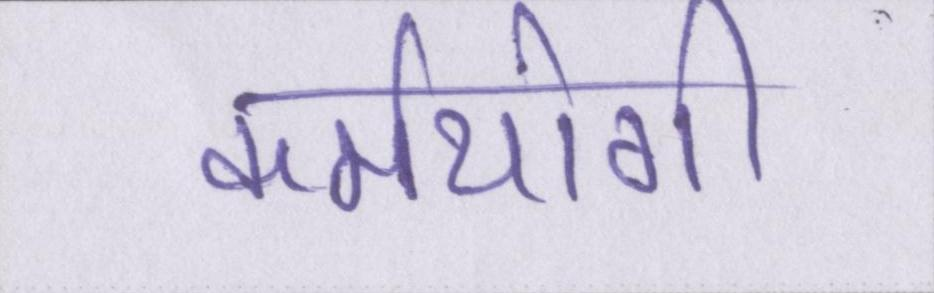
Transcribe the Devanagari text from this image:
कर्मयोगी